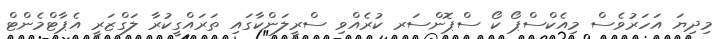
މިދިޔަ އަހަރުވެސް މިއެކްސްޕޯ ކޯ ސްޕޮންސަރ ކުރެއްވި ސްރީލަންކާގައި ތަރައްގީކުރާ ލަގްޒަރީ އެޕާޓްމެންޓް